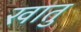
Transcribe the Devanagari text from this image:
खातु